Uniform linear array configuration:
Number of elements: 16
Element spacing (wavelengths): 1
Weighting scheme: kaiser
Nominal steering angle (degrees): -45
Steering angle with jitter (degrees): -45.956
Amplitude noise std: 0.05
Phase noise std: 0.05

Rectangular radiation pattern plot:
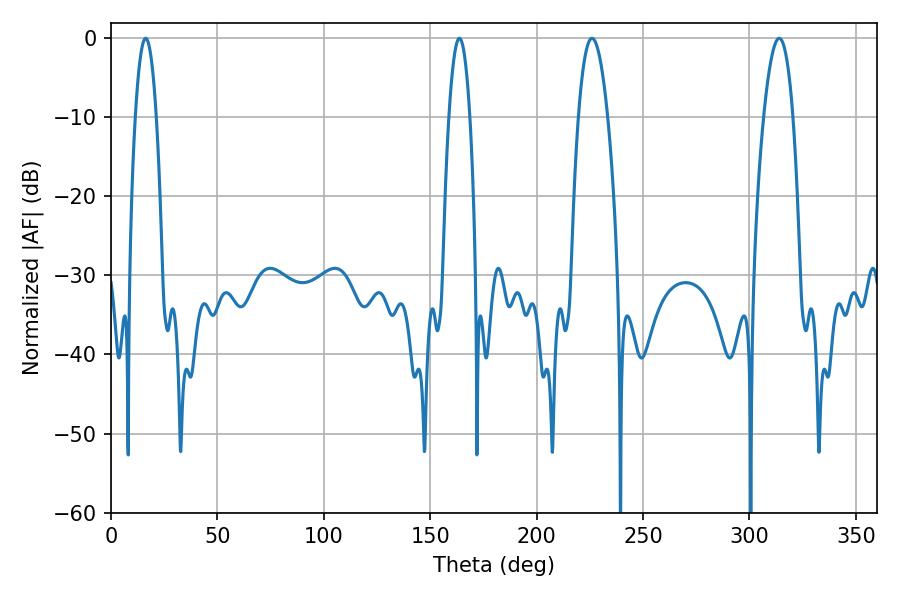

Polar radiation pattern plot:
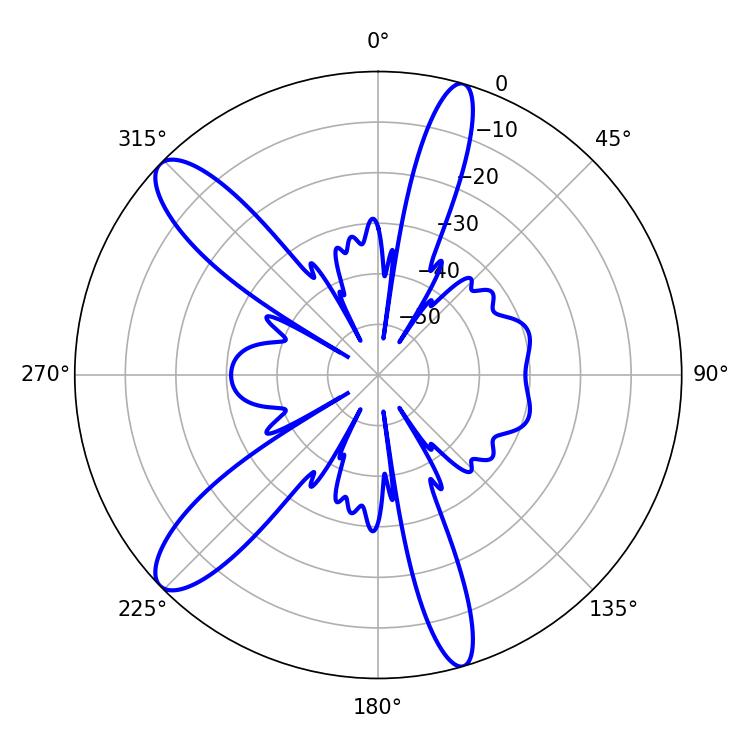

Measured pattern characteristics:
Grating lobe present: TRUE
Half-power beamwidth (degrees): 7.74
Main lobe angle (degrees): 226.08